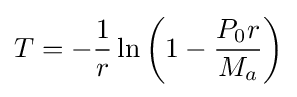
T=-{\frac {1}{r}}\ln \left(1-{\frac {P_{0}r}{M_{a}}}\right)